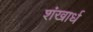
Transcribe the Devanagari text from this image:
शंखार्ध